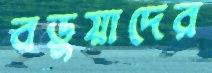
বড়ুয়াদের